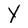
Character: Y